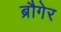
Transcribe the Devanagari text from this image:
ब्रौगेर